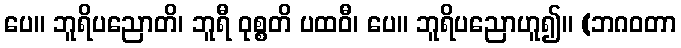
ပေ။ ဘူရိပညောတိ၊ ဘူရီ ဝုစ္စတိ ပထဝီ၊ ပေ။ ဘူရိပညောဟူ၍။ (ဘဂဝတာ